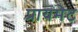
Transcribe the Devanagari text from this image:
प्रायमेट